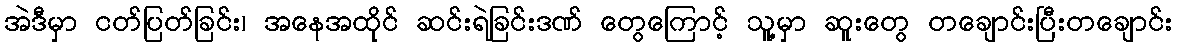
အဲဒီမှာ ငတ်ပြတ်ခြင်း၊ အနေအထိုင် ဆင်းရဲခြင်းဒဏ် တွေကြောင့် သူ့မှာ ဆူးတွေ တချောင်းပြီးတချောင်း